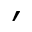
'